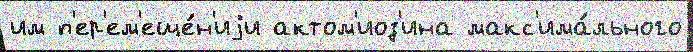
им п'ер'ем'еще́н'иjи актом'иоз'ина макс'има́льного